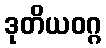
ဒုတိယဝဂ္ဂ